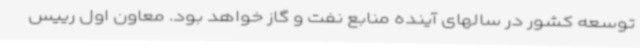
توسعه کشور در سالهای آینده منابع نفت و گاز خواهد بود. معاون اول رییس